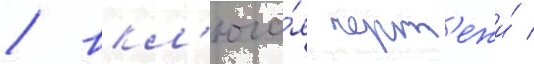
/ вкл'юча́я черт'ежи́ /